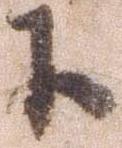
下